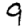
Digit: 9